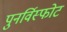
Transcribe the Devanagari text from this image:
पुनर्विस्फोट